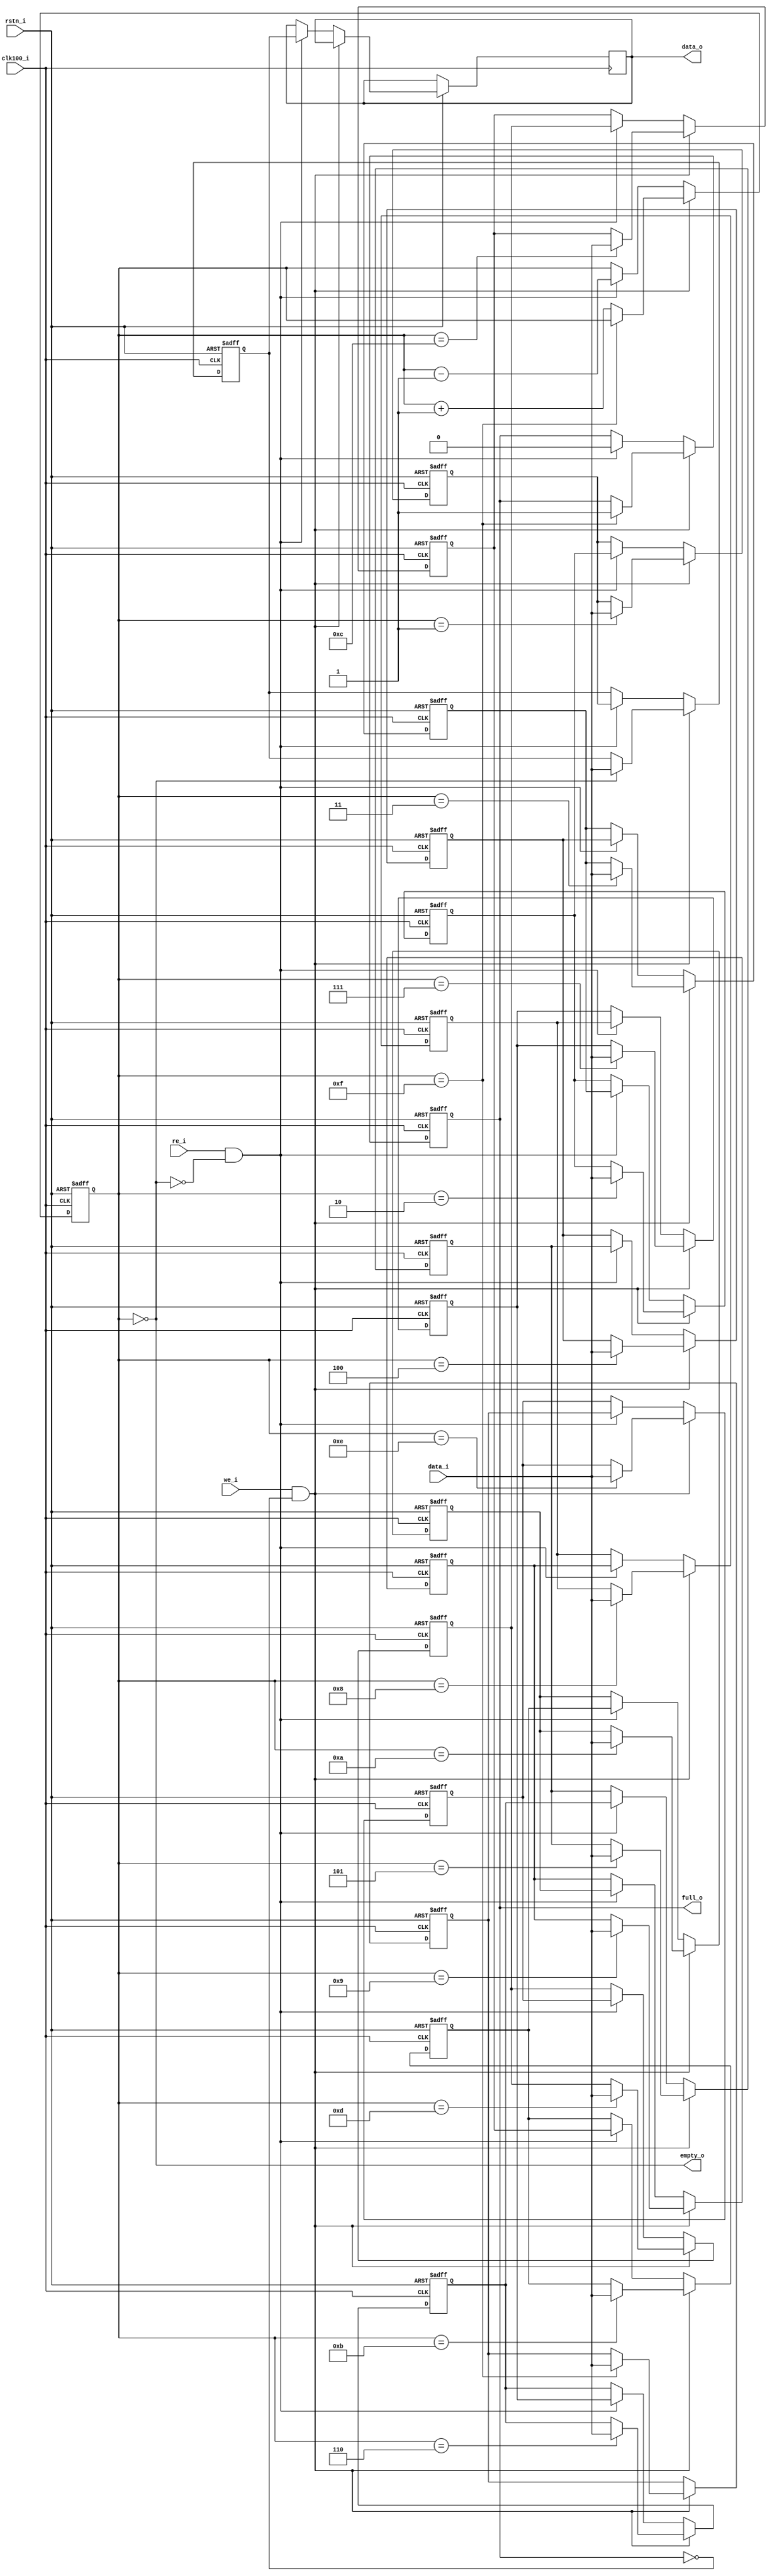
module fifo (
  input        clk100_i,
  input        rstn_i,
  input  [7:0] data_i,
  input        we_i,
  input        re_i,
  output reg [7:0] data_o,
  output       full_o,
  output       empty_o
);
localparam fifo_size =  4; //bits
integer i;

reg [7:0] mem [0 : fifo_size**2 - 1];
reg [fifo_size - 1 : 0] read_address;
reg [fifo_size - 1 : 0] write_address;
reg                     full_reg;

assign empty_o = (write_address == 0);
assign full_o  = full_reg;

always @( posedge clk100_i or negedge rstn_i ) begin
  if ( !rstn_i ) begin
    read_address <= 0;
    write_address <= 0;
    full_reg <= 0;
    for (i = 0; i < fifo_size**2; i = i + 1)
      mem[i] <= 0;
  end
  else if ( we_i && ~full_reg ) begin
    mem[write_address] <= data_i;
    if (write_address == fifo_size**2 - 1) begin
      full_reg <= 1'b1;
    end
    else write_address <= write_address + 1;
  end
  else if ( re_i && ~empty_o) begin
    data_o <= mem[0];
    for (i = 1; i < fifo_size**2; i = i + 1)
      mem[i-1] <= mem[i];
    write_address <= write_address - 1;
    full_reg <= 1'b0;
  end
end


endmodule